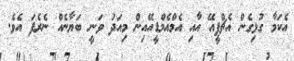
އެކަމާ ގުޅިގެން އެޗްޕީއޭ އާއި އެމްއެމްޑީއޭއިން މިއަދު ވަނީ ބަޔާނެއް ނެރެފަ އެވެ.